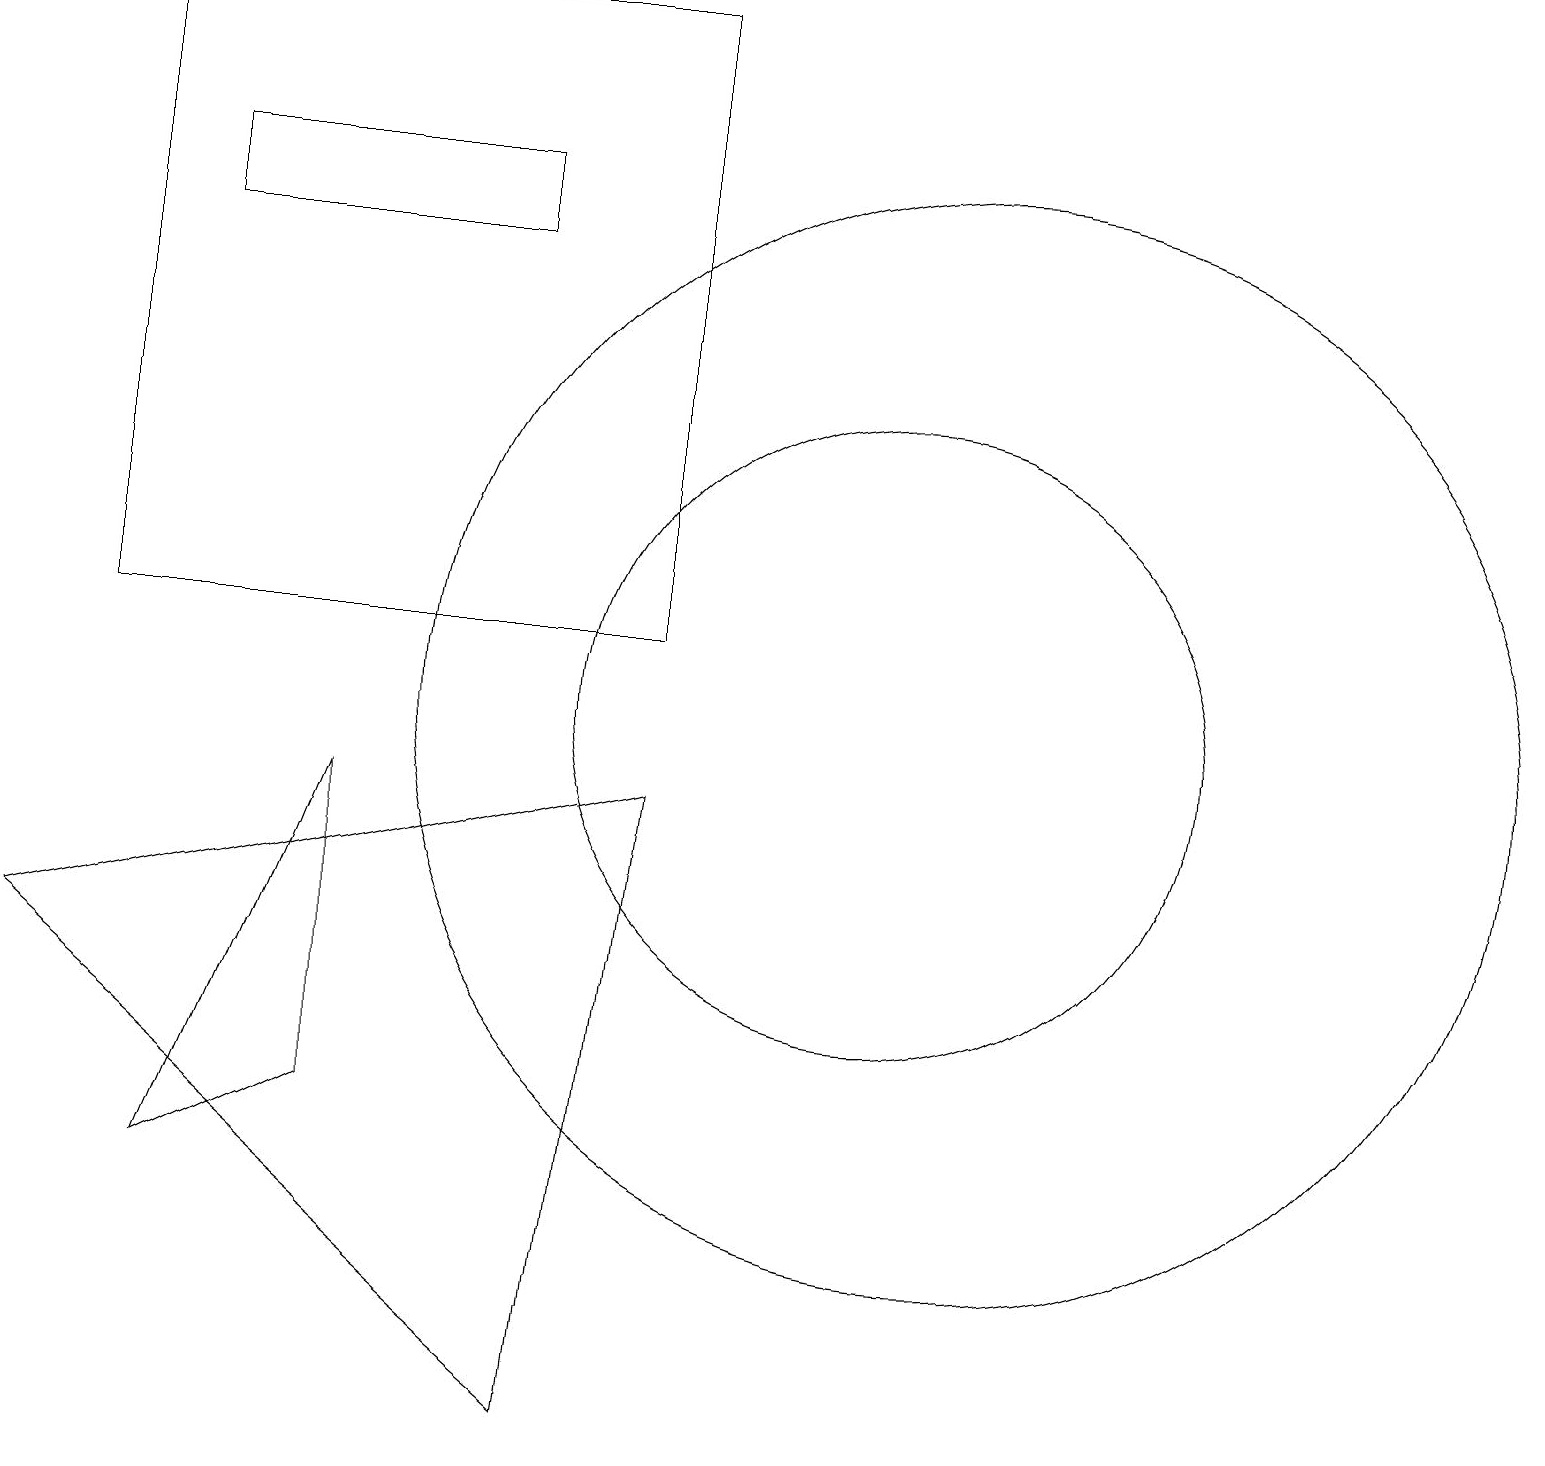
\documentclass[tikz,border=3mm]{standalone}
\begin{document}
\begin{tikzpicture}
\draw (1,11) rectangle (8,19);
\draw (12,10) circle (7);
\draw (6,17) rectangle (2,16);
\draw (4,9) -- (4,5) -- (2,4) -- cycle;
\draw (11,10) circle (4);
\draw (8,9) -- (0,7) -- (7,1) -- cycle;
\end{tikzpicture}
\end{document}